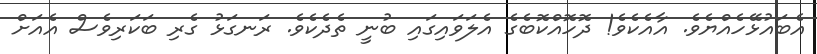
އެބައުޅޭހެއްޔެވެ. އާއެކެވެ! ދޮހޮއްކޮބެގެ އެލަވައިގައި ބުނީ ތެދެކެވެ. ރަނގަޅު ގެރި ބަކަރިވެސް އެއަށް